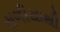
સળીયાથી